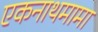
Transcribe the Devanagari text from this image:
एकनाथमामा